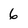
Character: 6